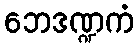
ဘေဒဏ္ဍကံ